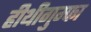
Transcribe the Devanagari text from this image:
हीथीगुम्फा